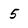
Character: 5